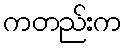
ကတည်းက